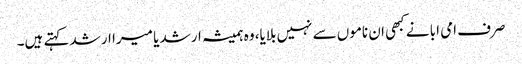
صرف امی ابا نے کبھی ان ناموں سے نہیں بلایا، وہ ہمیشہ ارشد یا میرا ارشد کہتے ہیں۔